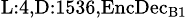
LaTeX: _{\textrm{L}:4,\textrm{D}:1536,\textrm{EncDec}_{\textrm{B}1}}